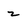
Character: z